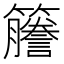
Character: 𫂭